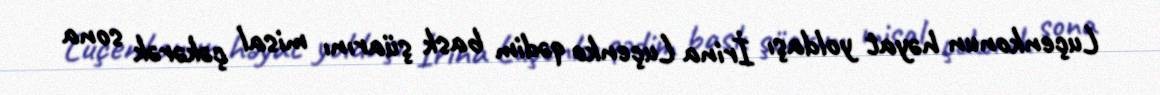
Luçenkonun həyat yoldaşı İrina Luçenko qədim bask şüarını misal çəkərək sona